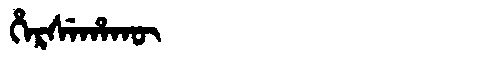
Manchu: ᡥᡝᡵᠰᡝᡥᠠᡴᡡ
Romanization: HERSEHAKŪ